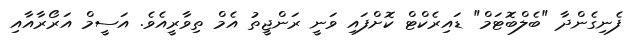
ފެނިގެންދާ "ބެލްބޮޓަމް" ޑައިރެކްޓް ކޮށްފައި ވަނީ ރަންޖީތު އެމް ތިވާރީއެވެ. އަސީމް އަރޯރާއާއި